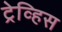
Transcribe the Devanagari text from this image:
ट्रेव्हिस